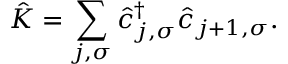
\hat { K } = \sum _ { j , \sigma } \hat { c } _ { j , \sigma } ^ { \dag } \hat { c } _ { j + 1 , \sigma } .